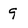
Character: 9